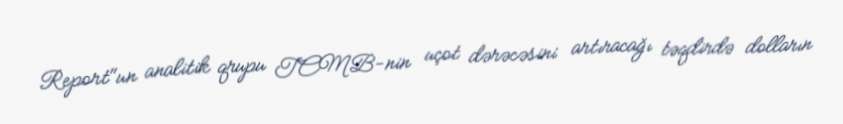
Report"un analitik qrupu TCMB-nin uçot dərəcəsini artıracağı təqdirdə dolların